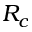
R _ { c }